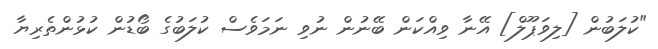
"ކުލަބުން [ލިވަޕޫލް] އޭނާ ވިއްކަން ބޭނުން ނުވި ނަމަވެސް ކުލަބުގެ ބޯޑުން ކުޅުންތެރިޔާ